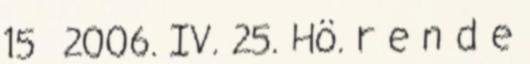
15 2006. IV. 25. Hö. r e n d e